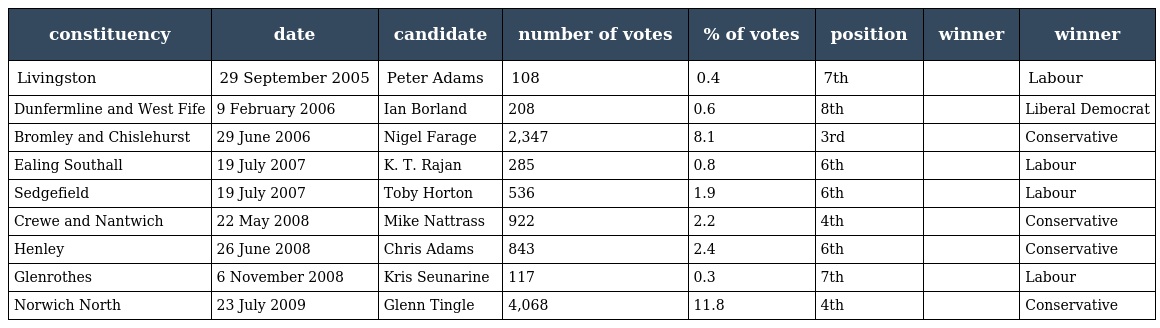
| constituency | date | candidate | number of votes | % of votes | position | winner | winner |
 | --- | --- | --- | --- | --- | --- | --- | --- |
 | Livingston | 29 September 2005 | Peter Adams | 108 | 0.4 | 7th |  | Labour |
 | Dunfermline and West Fife | 9 February 2006 | Ian Borland | 208 | 0.6 | 8th |  | Liberal Democrat |
 | Bromley and Chislehurst | 29 June 2006 | Nigel Farage | 2,347 | 8.1 | 3rd |  | Conservative |
 | Ealing Southall | 19 July 2007 | K. T. Rajan | 285 | 0.8 | 6th |  | Labour |
 | Sedgefield | 19 July 2007 | Toby Horton | 536 | 1.9 | 6th |  | Labour |
 | Crewe and Nantwich | 22 May 2008 | Mike Nattrass | 922 | 2.2 | 4th |  | Conservative |
 | Henley | 26 June 2008 | Chris Adams | 843 | 2.4 | 6th |  | Conservative |
 | Glenrothes | 6 November 2008 | Kris Seunarine | 117 | 0.3 | 7th |  | Labour |
 | Norwich North | 23 July 2009 | Glenn Tingle | 4,068 | 11.8 | 4th |  | Conservative |